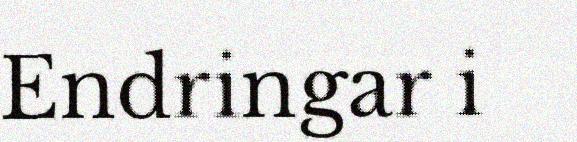
Endringar i